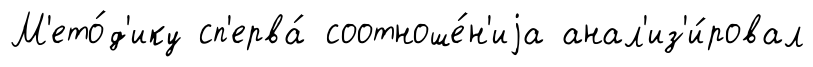
М'ето́д'ику сп'ерва́ соотноше́н'иjа анал'из'и́ровал